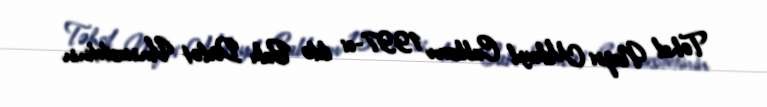
Təhsil Naziri Mikayıl Cabbarov 1997-ci ildə Bakı Dövlət Universitetinin